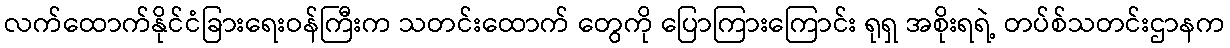
လက်ထောက်နိုင်ငံခြားရေးဝန်ကြီးက သတင်းထောက် တွေကို ပြောကြားကြောင်း ရုရှ အစိုးရရဲ့ တပ်စ်သတင်းဌာနက